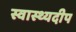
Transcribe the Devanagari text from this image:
स्वास्थ्यदीप